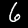
Label: 6